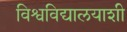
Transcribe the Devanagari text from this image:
विश्वविद्यालयाशी